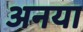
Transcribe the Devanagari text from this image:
अनया